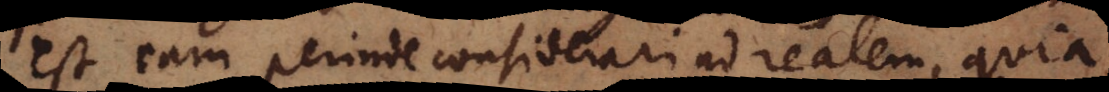
est eam perinde considerari ad realem, quia